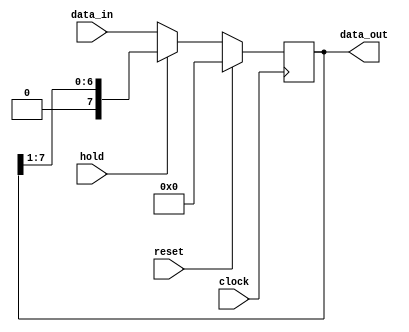
module decimator_2 (data_out, data_in, hold, clock, reset);
  parameter word_length = 8;
  output 	[word_length-1:0]		data_out;
  input	[word_length-1:0]		data_in;
  input 				hold;		// Active high
  input				clock;		// Positive edge  
  input				reset;		// Active high
  reg				data_out;
  always @ (posedge clock)
    if (reset) data_out <= 0;
    else if (hold) data_out <= data_out >> 1;
    else data_out <= data_in;
endmodule